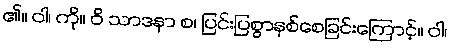
၏။ ဝါ၊ ကို။ ဝိ သာဒနာ စ၊ ပြင်းပြစွာနစ်စေခြင်းကြောင့်။ ဝါ၊